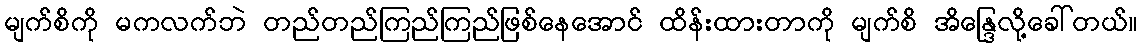
မျက်စိကို မကလက်ဘဲ တည်တည်ကြည်ကြည်ဖြစ်နေအောင် ထိန်းထားတာကို မျက်စိ အိန္ဒြေလို့ခေါ်တယ်။